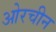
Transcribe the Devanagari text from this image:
ओरचीन